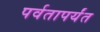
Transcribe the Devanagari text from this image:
पर्वतापर्यंत